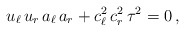
\begin{align*}u_\ell \, u_r \, a_\ell \, a_r +c_\ell^2 \, c_r^2 \, \tau^2 =0 \,,\end{align*}